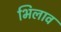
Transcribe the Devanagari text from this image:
भिलाव